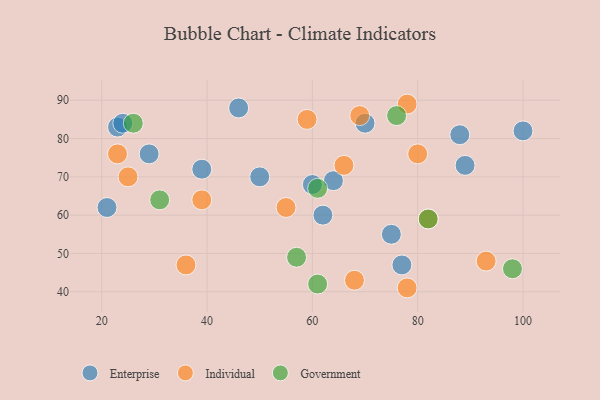
{"axis": {"x": "GDP", "y": "Life Expectancy"}, "legend": ["Enterprise", "Government", "Individual"], "data": [{"x": "46", "y": 88, "type": "Enterprise"}, {"x": "75", "y": 55, "type": "Enterprise"}, {"x": "88", "y": 81, "type": "Enterprise"}, {"x": "23", "y": 83, "type": "Enterprise"}, {"x": "62", "y": 60, "type": "Enterprise"}, {"x": "60", "y": 68, "type": "Enterprise"}, {"x": "21", "y": 62, "type": "Enterprise"}, {"x": "29", "y": 76, "type": "Enterprise"}, {"x": "70", "y": 84, "type": "Enterprise"}, {"x": "77", "y": 47, "type": "Enterprise"}, {"x": "100", "y": 82, "type": "Enterprise"}, {"x": "39", "y": 72, "type": "Enterprise"}, {"x": "24", "y": 84, "type": "Enterprise"}, {"x": "64", "y": 69, "type": "Enterprise"}, {"x": "50", "y": 70, "type": "Enterprise"}, {"x": "89", "y": 73, "type": "Enterprise"}, {"x": "82", "y": 59, "type": "Individual"}, {"x": "78", "y": 41, "type": "Individual"}, {"x": "59", "y": 85, "type": "Individual"}, {"x": "36", "y": 47, "type": "Individual"}, {"x": "78", "y": 89, "type": "Individual"}, {"x": "23", "y": 76, "type": "Individual"}, {"x": "68", "y": 43, "type": "Individual"}, {"x": "25", "y": 70, "type": "Individual"}, {"x": "66", "y": 73, "type": "Individual"}, {"x": "80", "y": 76, "type": "Individual"}, {"x": "39", "y": 64, "type": "Individual"}, {"x": "93", "y": 48, "type": "Individual"}, {"x": "55", "y": 62, "type": "Individual"}, {"x": "69", "y": 86, "type": "Individual"}, {"x": "26", "y": 84, "type": "Government"}, {"x": "82", "y": 59, "type": "Government"}, {"x": "61", "y": 42, "type": "Government"}, {"x": "57", "y": 49, "type": "Government"}, {"x": "76", "y": 86, "type": "Government"}, {"x": "61", "y": 67, "type": "Government"}, {"x": "31", "y": 64, "type": "Government"}, {"x": "98", "y": 46, "type": "Government"}]}